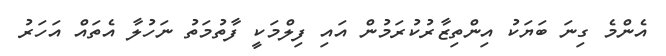
އެންމެ ގިނަ ބަޔަކު އިންތިޒާރުކުރަމުން އައި ފިލްމަކީ ފާތުމަތު ނަހުލާ އެތައް އަހަރު